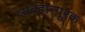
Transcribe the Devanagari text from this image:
व्यवहारपूरक